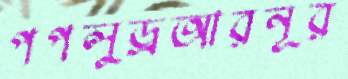
পপলুড্রআরনূর